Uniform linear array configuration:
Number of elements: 24
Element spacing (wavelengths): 1
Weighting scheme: exponential
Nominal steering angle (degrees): -30
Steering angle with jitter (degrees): -31.343
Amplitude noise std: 0.05
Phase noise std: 0.05

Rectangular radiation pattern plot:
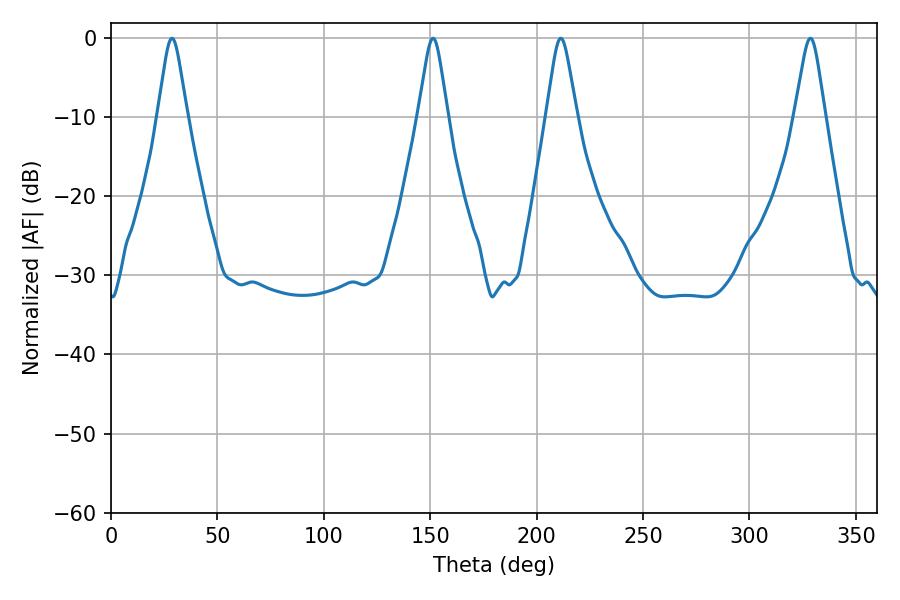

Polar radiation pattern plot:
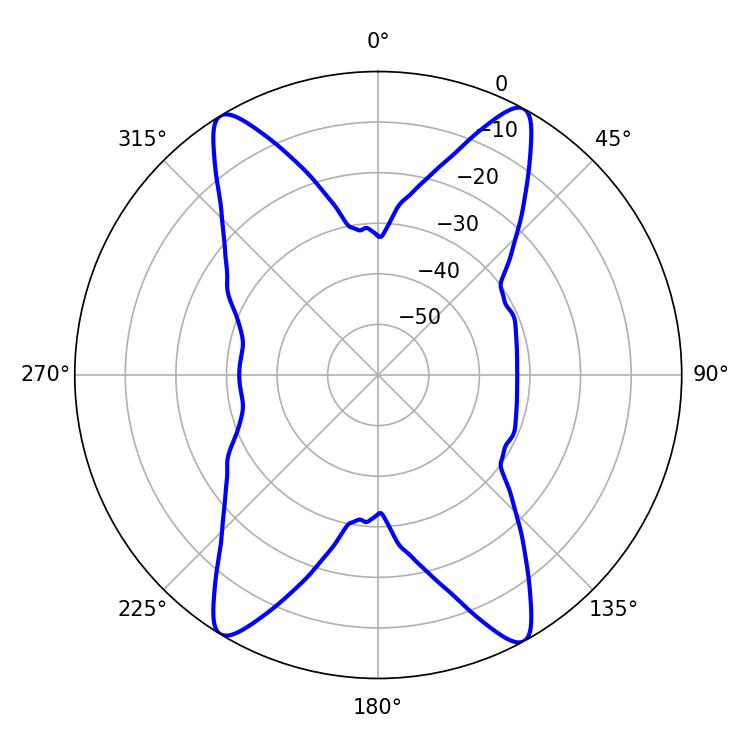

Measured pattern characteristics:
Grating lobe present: TRUE
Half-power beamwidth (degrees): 6.66
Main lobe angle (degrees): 211.32